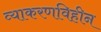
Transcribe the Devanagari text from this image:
व्याकरणविहीन